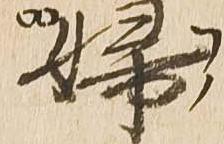
婦